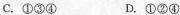
C.①③④ D.①②④